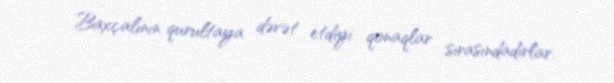
Baxçalının qurultaya dəvət etdiyi qonaqlar sırasındadırlar.